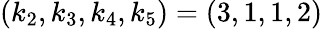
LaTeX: (k_{2},k_{3},k_{4},k_{5})=(3,1,1,2)